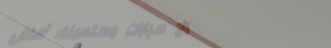
حراج سيارات مستعملة: أفضل